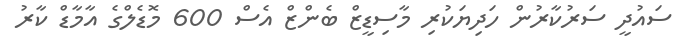
ސައުދީ ސަރުކާރުން ހަދިޔަކުރި މާސިޑީޒް ބެންޒް އެސް 600 މޮޑެލްގެ އާމާޑް ކާރު